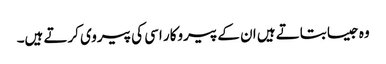
وہ جیسا بتاتے ہیں ان کے پیروکار اسی کی پیروی کرتے ہیں۔